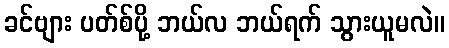
ခင်ဗျား ပတ်စ်ပို့ ဘယ်လ ဘယ်ရက် သွားယူမလဲ။